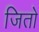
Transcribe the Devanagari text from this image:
जितो